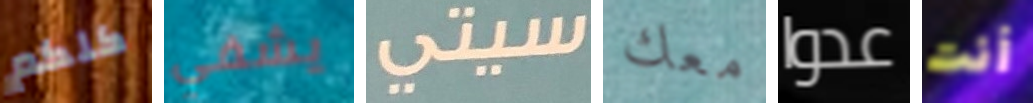
كلكم يشفي سيتي معك عدوا أنت